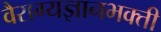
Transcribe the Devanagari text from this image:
वैराग्यज्ञानभक्ती